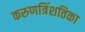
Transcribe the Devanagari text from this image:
करुणत्रिंशतिका